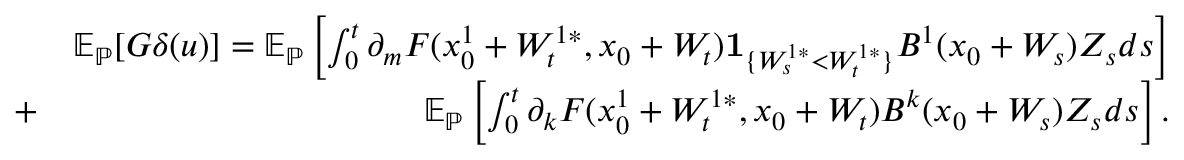
\begin{array} { r l r } & { } & { \mathbb { E } _ { \mathbb { P } } [ G \delta ( u ) ] = \mathbb { E } _ { \mathbb { P } } \left[ \int _ { 0 } ^ { t } \partial _ { m } F ( x _ { 0 } ^ { 1 } + W _ { t } ^ { 1 * } , x _ { 0 } + W _ { t } ) { \mathbf 1 } _ { \{ W _ { s } ^ { 1 * } < W _ { t } ^ { 1 * } \} } B ^ { 1 } ( x _ { 0 } + W _ { s } ) Z _ { s } d s \right] } \\ & { + } & { \mathbb { E } _ { \mathbb { P } } \left[ \int _ { 0 } ^ { t } { \partial _ { k } } F ( x _ { 0 } ^ { 1 } + W _ { t } ^ { 1 * } , x _ { 0 } + W _ { t } ) B ^ { k } ( x _ { 0 } + W _ { s } ) Z _ { s } d s \right] . } \end{array}